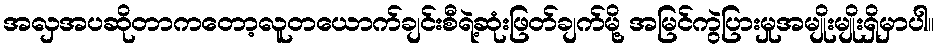
အလှအပဆိုတာကတော့လူတယောက်ချင်းစီရဲ့ဆုံးဖြတ်ချက်မို့ အမြင်ကွဲပြားမှုအမျိုးမျိုးရှိမှာပါ။